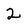
Character: 2